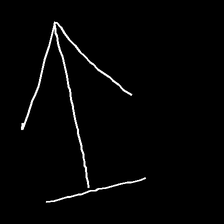
Glyph: levitation